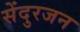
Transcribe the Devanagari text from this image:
सेंदुरजन